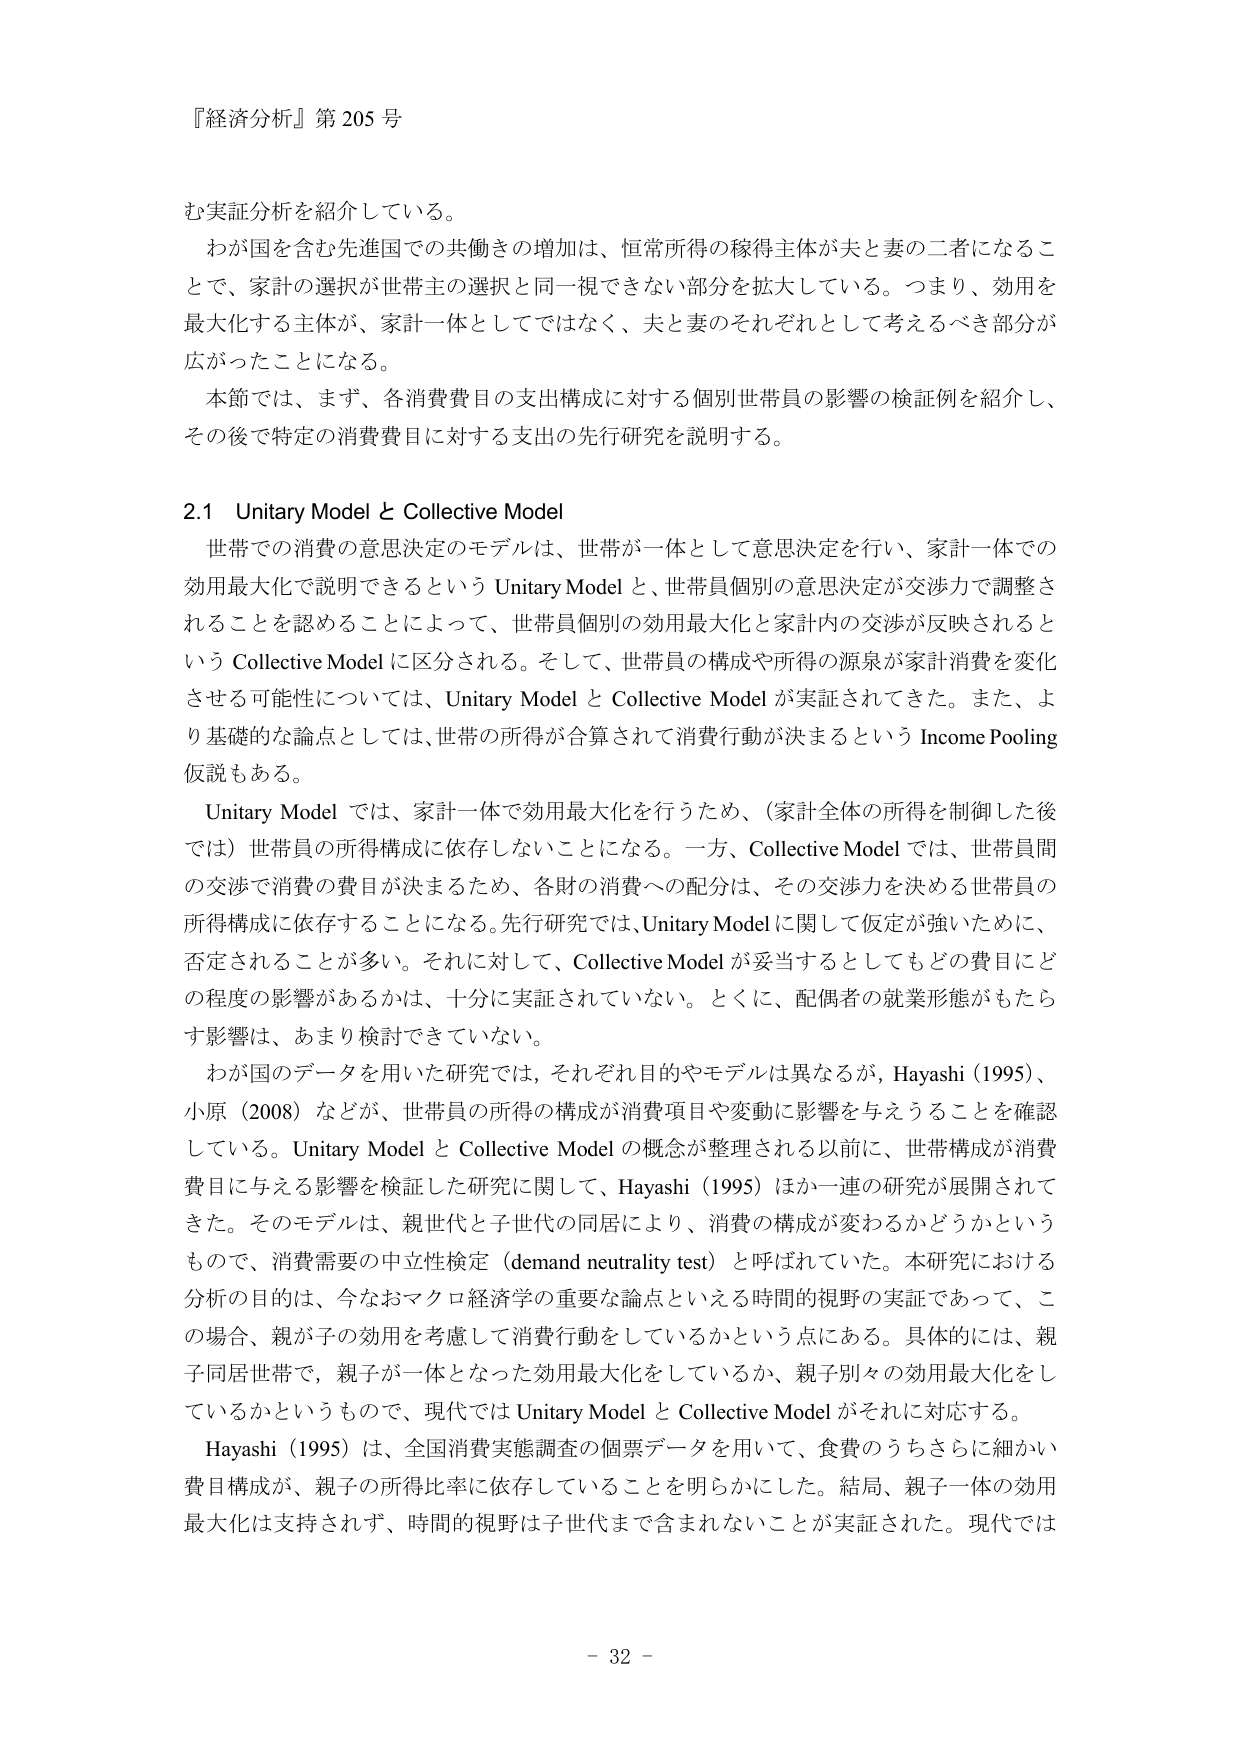
『経済分析』第205号

む実証分析を紹介している。
わが国を含む先進国での共働きの増加は、恒常所得の稼得主体が夫と妻の二者になることで、家計の選択が世帯主の選択と同一視できない部分を拡大している。つまり、効用を最大化する主体が、家計一体としてではなく、夫と妻のそれぞれとして考えるべき部分が広がったことになる。
本節では、まず、各消費費目の支出構成に対する個別世帯員の影響の検証例を紹介し、その後で特定の消費費目に対する支出の先行研究を説明する。

2.1 Unitary Model と Collective Model
世帯での消費の意思決定のモデルは、世帯が一体として意思決定を行い、家計一体での効用最大化で説明できるという Unitary Model と、世帯員個別の意思決定が交渉で調整されることを認めることによって、世帯員個別の効用最大化と家計内の交渉が反映されるという Collective Model に区分される。そして、世帯員の構成や所得の源泉が家計消費を変化させる可能性については、Unitary Model と Collective Model が実証されてきた。また、より基礎的な論点としては、世帯の所得が合算されて消費行動が決まるという Income Pooling 仮説もある。
Unitary Model では、家計一体で効用最大化を行うため、（家計全体の所得を制御した後では）世帯員の所得構成に依存しないことになる。一方、Collective Model では、世帯員間の交渉で消費の費目が決まるため、各財の消費への配分は、その交渉力を決める世帯員の所得構成に依存することになる。先行研究では、Unitary Model に関して仮定が強いために、否定されることが多い。それに対して、Collective Model が妥当するとしてもどの費目にどの程度の影響があるかは、十分に実証されていない。とくに、配偶者の就業形態がもたらす影響は、あまり検討できていない。
わが国のデータを用いた研究では、それぞれ目的やモデルは異なるが、Hayashi (1995)、小原（2008）などが、世帯員の所得の構成が消費項目や変動に影響を与えることを確認している。Unitary Model と Collective Model の概念が整理される以前に、世帯構成が消費費目に与える影響を検証した研究に関して、Hayashi (1995) ほか一連の研究が展開されてきた。そのモデルは、親世代と子世代の同居により、消費の構成が変わるかどうかというもので、消費需要の中立性検定（demand neutrality test）と呼ばれていた。本研究における分析の目的は、今なおマクロ経済学の重要な論点といえる時間的視野の実証であって、この場合、親が子の効用を考慮して消費行動をしているかという点にある。具体的には、親子同居世帯で、親子が一体となった効用最大化をしているか、親子別々の効用最大化をしているかというもので、現代では Unitary Model と Collective Model がそれに対応する。
Hayashi (1995) は、全国消費実態調査の個票データを用いて、食費のうちさらに細かい費目構成が、親子の所得比率に依存していることを明らかにした。結局、親子一体の効用最大化は支持されず、時間的視野は子世代まで含まれないことが実証された。現代では

- 32 -